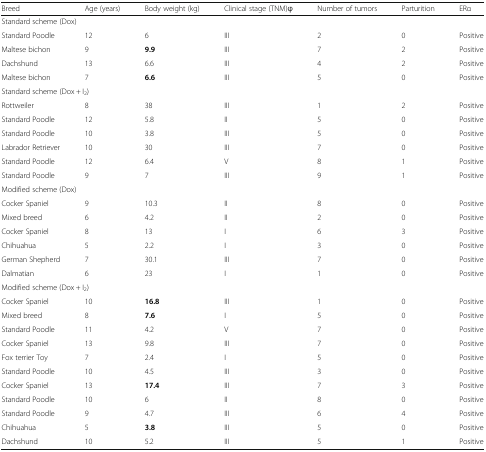
<table><thead><tr><td><b>Breed</b></td><td><b>Age (years)</b></td><td><b>Body weight (kg)</b></td><td><b>Clinical stage (TNM)φ</b></td><td><b>Number of tumors</b></td><td><b>Parturition</b></td><td><b>ERα</b></td></tr></thead><tbody><tr><td colspan="7">Standard scheme (Dox)</td></tr><tr><td>Standard Poodle</td><td>12</td><td>6</td><td>III</td><td>2</td><td>0</td><td>Positive</td></tr><tr><td>Maltese bichon</td><td>9</td><td><b>9.9</b></td><td>III</td><td>7</td><td>2</td><td>Positive</td></tr><tr><td>Dachshund</td><td>13</td><td>6.6</td><td>III</td><td>4</td><td>2</td><td>Positive</td></tr><tr><td>Maltese bichon</td><td>7</td><td><b>6.6</b></td><td>III</td><td>5</td><td>0</td><td>Positive</td></tr><tr><td colspan="7">Standard scheme (Dox + I<sub>2</sub>)</td></tr><tr><td>Rottweiler</td><td>8</td><td>38</td><td>III</td><td>1</td><td>2</td><td>Positive</td></tr><tr><td>Standard Poodle</td><td>12</td><td>5.8</td><td>II</td><td>5</td><td>0</td><td>Positive</td></tr><tr><td>Standard Poodle</td><td>10</td><td>3.8</td><td>III</td><td>5</td><td>0</td><td>Positive</td></tr><tr><td>Labrador Retriever</td><td>10</td><td>30</td><td>III</td><td>7</td><td>0</td><td>Positive</td></tr><tr><td>Standard Poodle</td><td>12</td><td>6.4</td><td>V</td><td>8</td><td>1</td><td>Positive</td></tr><tr><td>Standard Poodle</td><td>9</td><td>7</td><td>III</td><td>9</td><td>1</td><td>Positive</td></tr><tr><td colspan="7">Modified scheme (Dox)</td></tr><tr><td>Cocker Spaniel</td><td>9</td><td>10.3</td><td>II</td><td>8</td><td>0</td><td>Positive</td></tr><tr><td>Mixed breed</td><td>6</td><td>4.2</td><td>II</td><td>2</td><td>0</td><td>Positive</td></tr><tr><td>Cocker Spaniel</td><td>8</td><td>13</td><td>I</td><td>6</td><td>3</td><td>Positive</td></tr><tr><td>Chihuahua</td><td>5</td><td>2.2</td><td>I</td><td>3</td><td>0</td><td>Positive</td></tr><tr><td>German Shepherd</td><td>7</td><td>30.1</td><td>III</td><td>7</td><td>0</td><td>Positive</td></tr><tr><td>Dalmatian</td><td>6</td><td>23</td><td>I</td><td>1</td><td>0</td><td>Positive</td></tr><tr><td colspan="7">Modified scheme (Dox + I<sub>2</sub>)</td></tr><tr><td>Cocker Spaniel</td><td>10</td><td><b>16.8</b></td><td>III</td><td>1</td><td>0</td><td>Positive</td></tr><tr><td>Mixed breed</td><td>8</td><td><b>7.6</b></td><td>I</td><td>5</td><td>0</td><td>Positive</td></tr><tr><td>Standard Poodle</td><td>11</td><td>4.2</td><td>V</td><td>7</td><td>0</td><td>Positive</td></tr><tr><td>Cocker Spaniel</td><td>13</td><td>9.8</td><td>III</td><td>7</td><td>0</td><td>Positive</td></tr><tr><td>Fox terrier Toy</td><td>7</td><td>2.4</td><td>I</td><td>5</td><td>0</td><td>Positive</td></tr><tr><td>Standard Poodle</td><td>10</td><td>4.5</td><td>III</td><td>3</td><td>0</td><td>Positive</td></tr><tr><td>Cocker Spaniel</td><td>13</td><td><b>17.4</b></td><td>III</td><td>7</td><td>3</td><td>Positive</td></tr><tr><td>Standard Poodle</td><td>10</td><td>6</td><td>II</td><td>8</td><td>0</td><td>Positive</td></tr><tr><td>Standard Poodle</td><td>9</td><td>4.7</td><td>III</td><td>6</td><td>4</td><td>Positive</td></tr><tr><td>Chihuahua</td><td>5</td><td><b>3.8</b></td><td>III</td><td>5</td><td>0</td><td>Positive</td></tr><tr><td>Dachshund</td><td>10</td><td>5.2</td><td>III</td><td>5</td><td>1</td><td>Positive</td></tr></tbody></table>